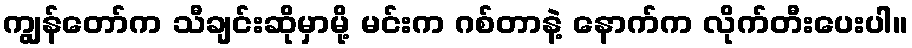
ကျွန်တော်က သီချင်းဆိုမှာမို့ မင်းက ဂစ်တာနဲ့ နောက်က လိုက်တီးပေးပါ။